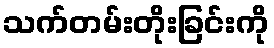
သက်တမ်းတိုးခြင်းကို